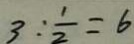
3 : \frac { 1 } { 2 } = 6